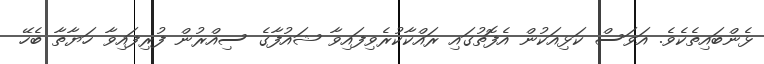
ޅެންބައިތެކެވެ. އަވަސް ކަޅިއަކުން އެފޮތުގައި ރައްކާކުރެވިފައިވާ ޝައުފާގެ ސިއްރުން ފުރިފައިވާ ހަޔާތާ ބެހޭ